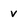
Character: v